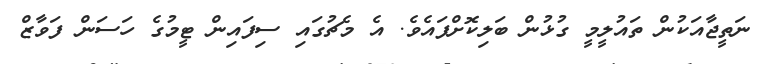
ނަތީޖާއަކުން ތައުލީމީ ގުޅުން ބަލިކޮށްފައެވެ. އެ މެޗުގައި ސިފައިން ޓީމުގެ ހަސަން ފަވާޒް